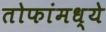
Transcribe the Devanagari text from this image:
तोफांमध्ये